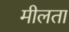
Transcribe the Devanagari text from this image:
मीलता